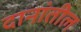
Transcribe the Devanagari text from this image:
दानांतील